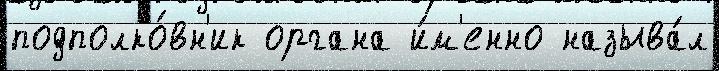
подполко́вн'ик органа и́м'енно называ́л